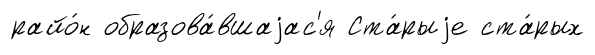
райо́н образова́вшаjас'я Ста́рыjе ста́рых